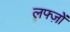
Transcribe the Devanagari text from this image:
लफ्ज़ों